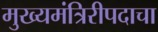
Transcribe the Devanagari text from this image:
मुख्यमंत्रिरीपदाचा